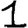
Digit: 1